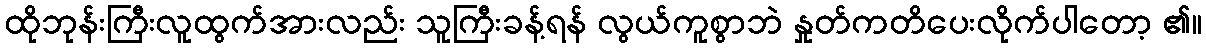
ထိုဘုန်းကြီးလူထွက်အားလည်း သူကြီးခန့်ရန် လွယ်ကူစွာဘဲ နှုတ်ကတိပေးလိုက်ပါတော့ ၏။